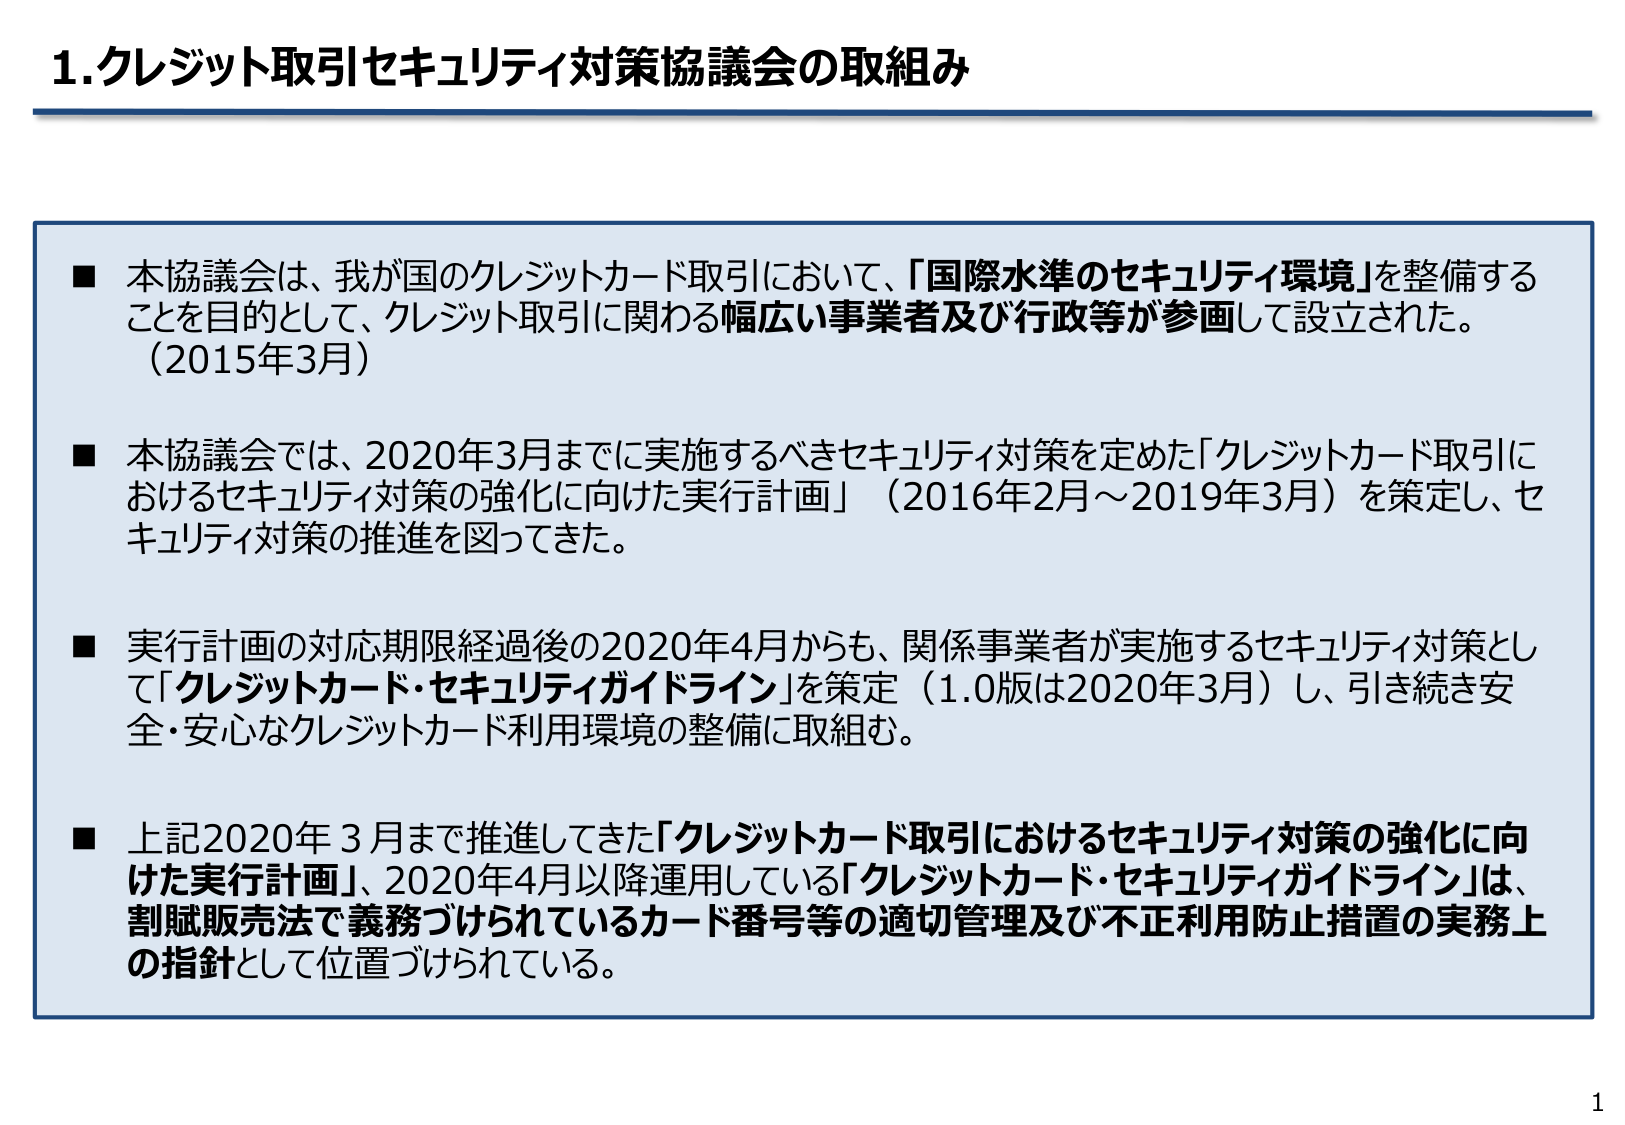
1. クレジット取引セキュリティ対策協議会の取組み

■ 本協議会は、我が国のクレジットカード取引において、「国際水準のセキュリティ環境」を整備することを目的として、クレジット取引に関わる幅広い事業者及び行政等が参画して設立された。（2015年3月）

■ 本協議会では、2020年3月までに実施するべきセキュリティ対策を定めた「クレジットカード取引におけるセキュリティ対策の強化に向けた実行計画」（2016年2月～2019年3月）を策定し、セキュリティ対策の推進を図ってきた。

■ 実行計画の対応期限経過後の2020年4月からも、関係事業者が実施するセキュリティ対策として「クレジットカード・セキュリティガイドライン」を策定（1.0版は2020年3月）し、引き続き安全・安心なクレジットカード利用環境の整備に取組む。

■ 上記2020年3月まで推進してきた「クレジットカード取引におけるセキュリティ対策の強化に向けた実行計画」、2020年4月以降運用している「クレジットカード・セキュリティガイドライン」は、割賦販売法で義務づけられているカード番号等の適切管理及び不正利用防止措置の実務上の指針として位置づけられている。

1